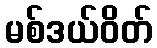
မစ်ဒယ်ဝိတ်